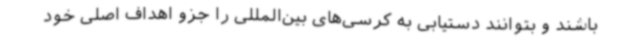
باشند و بتوانند دستیابی به کرسی‌های بین‌المللی را جزو اهداف اصلی خود